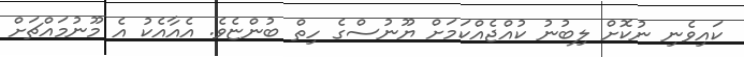
ކައިވެނި ނުކޮށް ލިބުނު ކުއްޖެއްކަމަށް ޔޫނުސްގެ ހިތް ބުންޏެވެ. އެއާއެކު އެ މޫނުމައްޗަށް